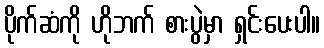
ပိုက်ဆံကို ဟိုဘက် စားပွဲမှာ ရှင်းပေးပါ။